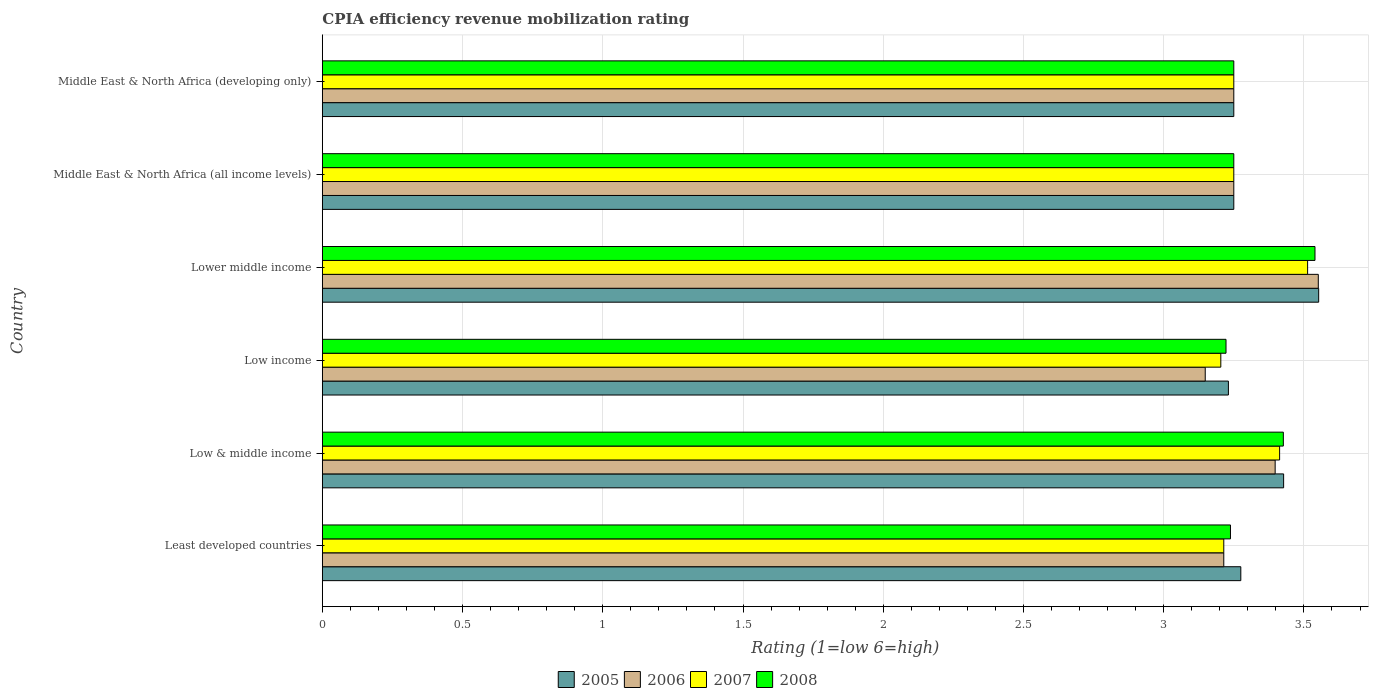
| Country | 2005 | 2006 | 2007 | 2008 |
 | --- | --- | --- | --- | --- |
 | Least developed countries | 3.27 | 3.21 | 3.21 | 3.24 |
 | Low & middle income | 3.43 | 3.4 | 3.41 | 3.43 |
 | Low income | 3.23 | 3.15 | 3.2 | 3.22 |
 | Lower middle income | 3.55 | 3.55 | 3.51 | 3.54 |
 | Middle East & North Africa (all income levels) | 3.25 | 3.25 | 3.25 | 3.25 |
 | Middle East & North Africa (developing only) | 3.25 | 3.25 | 3.25 | 3.25 |